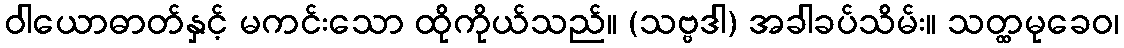
ဝါယောဓာတ်နှင့် မကင်းသော ထိုကိုယ်သည်။ (သဗ္ဗဒါ) အခါခပ်သိမ်း။ သတ္ထမုခေဝ၊